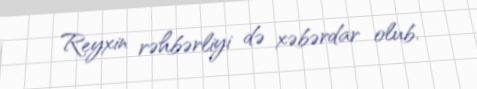
Reyxin rəhbərliyi də xəbərdar olub.